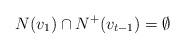
LaTeX: \begin{align*}N(v_1)\cap N^+(v_{t-1})=\emptyset \end{align*}